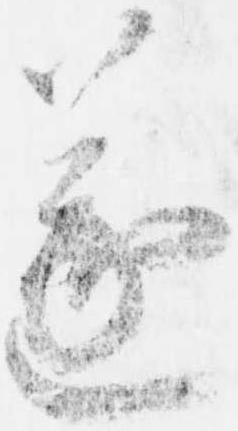
遂